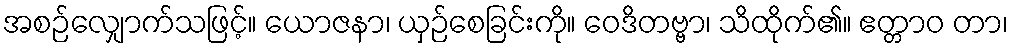
အစဉ်လျှောက်သဖြင့်။ ယောဇနာ၊ ယှဉ်စေခြင်းကို။ ဝေဒိတဗ္ဗာ၊ သိထိုက်၏။ ဧတ္တာဝ တာ၊